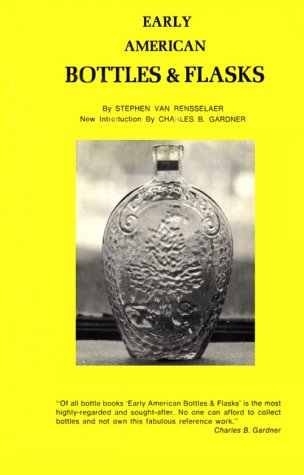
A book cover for Early American Bottles and Flasks; Stephen Van Rensselaer; Crafts, Hobbies & Home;